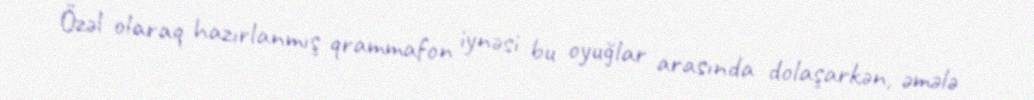
Özəl olaraq hazırlanmış qrammafon iynəsi bu oyuğlar arasında dolaşarkən, əmələ